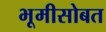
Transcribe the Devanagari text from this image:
भूमीसोबत